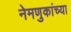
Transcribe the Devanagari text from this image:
नेमणुकांच्या